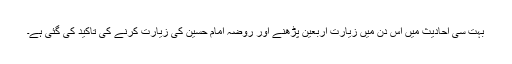
بہت سی احادیث میں اس دن میں زیارت اربعین پڑھنے اور روضہ امام حسین کی زیارت کرنے کی تاکید کی گئی ہے۔